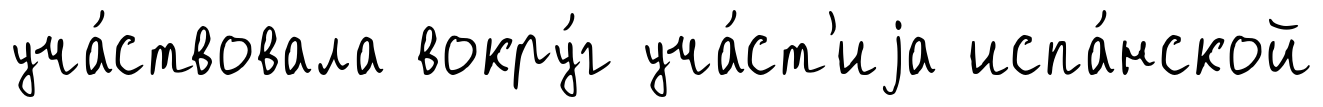
уча́ствовала вокру́г уча́ст'иjа испа́нской